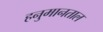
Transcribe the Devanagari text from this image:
हनुमानताल